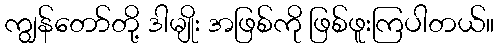
ကျွန်တော်တို့ ဒါမျိုး အဖြစ်ကို ဖြစ်ဖူးကြပါတယ်။